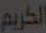
الكريم